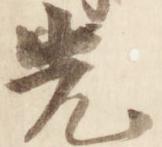
先